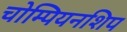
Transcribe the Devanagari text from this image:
चोम्पियनशिप